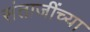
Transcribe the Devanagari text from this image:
संताजींच्या